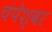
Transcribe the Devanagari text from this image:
चंपेश्वर